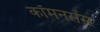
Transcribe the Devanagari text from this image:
कॉमनसेंस